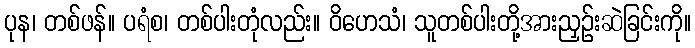
ပုန၊ တစ်ဖန်။ ပရံစ၊ တစ်ပါးတုံလည်း။ ဝိဟေသံ၊ သူတစ်ပါးတို့အားညှဉ်းဆဲခြင်းကို။